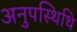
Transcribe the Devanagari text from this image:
अनुपस्थिथि